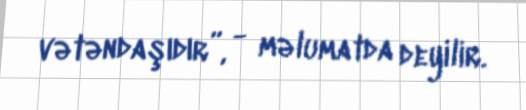
vətəndaşıdır”, - məlumatda deyilir.